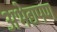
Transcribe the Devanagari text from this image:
अभेद्यपण